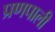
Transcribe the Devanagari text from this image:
प्रणपाली